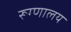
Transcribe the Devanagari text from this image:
रूग्‍णालय